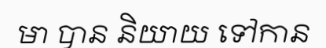
មា បាន និយាយ ទៅកាន